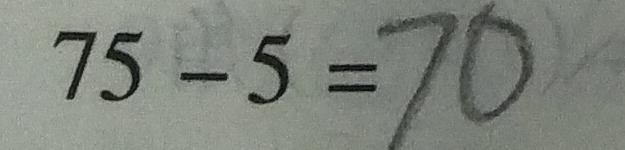
7 5 - 5 = 7 0